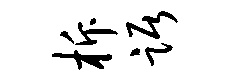
柝踞